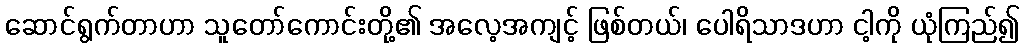
ဆောင်ရွက်တာဟာ သူတော်ကောင်းတို့၏ အလေ့အကျင့် ဖြစ်တယ်၊ ပေါရိသာဒဟာ ငါ့ကို ယုံကြည်၍